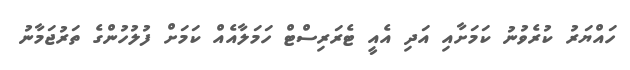
ހައްޔަރު ކުރެވުނު ކަމަށާއި އަދި އެއީ ޓެރަރިސްޓް ހަމަލާއެއް ކަމަށް ފުލުހުންގެ ތަރުޖަމާނު